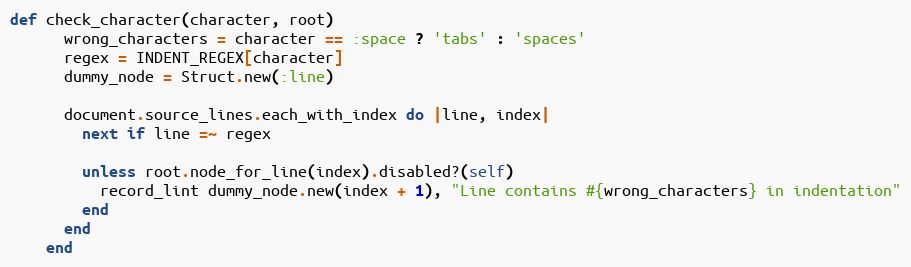
Language: Ruby
def check_character(character, root)
      wrong_characters = character == :space ? 'tabs' : 'spaces'
      regex = INDENT_REGEX[character]
      dummy_node = Struct.new(:line)

      document.source_lines.each_with_index do |line, index|
        next if line =~ regex

        unless root.node_for_line(index).disabled?(self)
          record_lint dummy_node.new(index + 1), "Line contains #{wrong_characters} in indentation"
        end
      end
    end